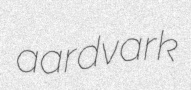
aardvark